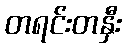
တရင်းတနှီး